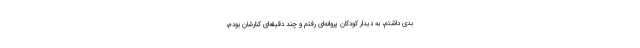
بدی داشتم، به دیدار کودکان پروانه‌ای رفتم و چند دقیقه‌ای کنارشان بودم،